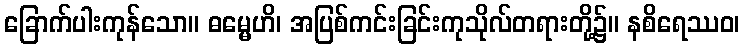
ခြောက်ပါးကုန်သော။ ဓမ္မေဟိ၊ အပြစ်ကင်းခြင်းကုသိုလ်တရားတို့၌။ နစိရေဿဝ၊